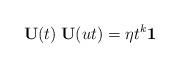
LaTeX: \begin{align*}{\bf U}(t)\;{\bf U}(ut)=\eta t^{k} {\bf 1} \end{align*}